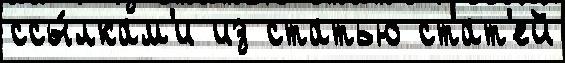
ссы́лкам'и из статью стат'ей